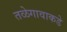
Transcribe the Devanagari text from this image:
तळेगावाकडे